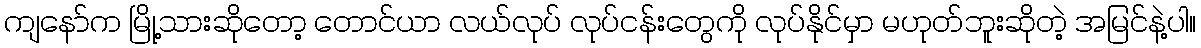
ကျနော်က မြို့သားဆိုတော့ တောင်ယာ လယ်လုပ် လုပ်ငန်းတွေကို လုပ်နိုင်မှာ မဟုတ်ဘူးဆိုတဲ့ အမြင်နဲ့ပါ။